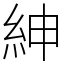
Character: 紳